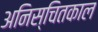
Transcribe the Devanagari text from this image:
अनिस्चितकाल